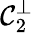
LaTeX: \mathcal{C}_{2}^{\perp}